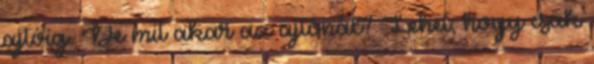
ajtóig. De mit akar az ajtónál? Lehet, hogy csak